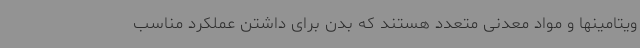
ویتامینها و مواد معدنی متعدد هستند که بدن برای داشتن عملکرد مناسب